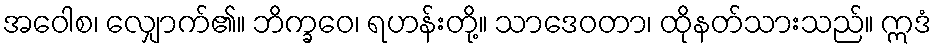
အဝေါစ၊ လျှောက်၏။ ဘိက္ခဝေ၊ ရဟန်းတို့။ သာဒေဝတာ၊ ထိုနတ်သားသည်။ ဣဒံ